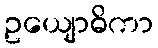
ဥယျောဓိကာ